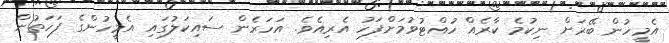
އެމީހުން ބޭރަށް ނިކުމެ ކާރެއް ހުއްޓުވުމަށްފަހު އެރިއެވެ. އަހަރެން ސައިކަލުގައި އެމީހުންގެ ފަހަތުން